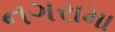
નગરામા